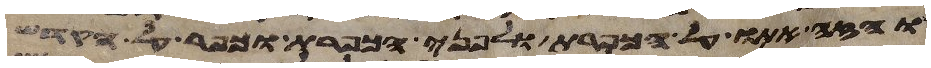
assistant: והזה אתו על הכפרת ולפני הכפרת וכפר על הקדש